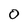
Character: 0